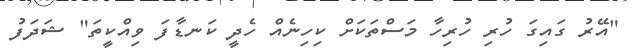
"އޭރު ގައިގަ ހުރި ހުރިހާ މަސްތަކަށް ކިހިނެއް ހެދީ ކަނޑާފަ ވިއްކީތަ" ޝަދަފު